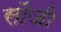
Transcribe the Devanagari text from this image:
सोंजी